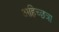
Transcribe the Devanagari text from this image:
अहिच्छत्रा